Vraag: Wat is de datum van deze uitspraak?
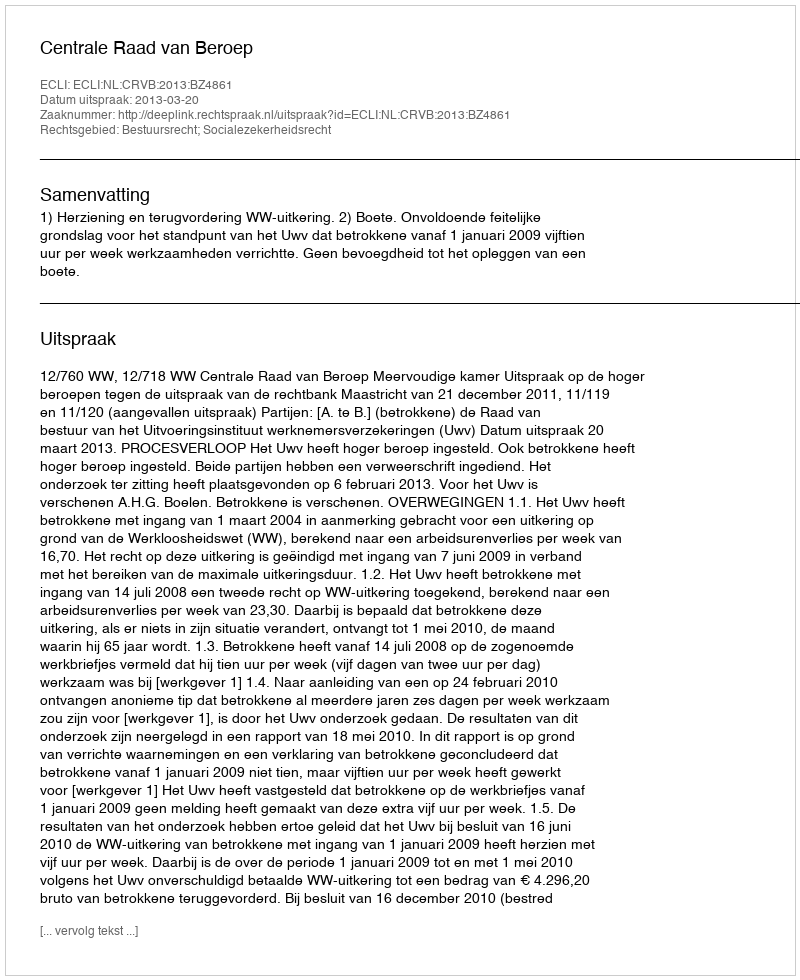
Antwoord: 2013-03-20